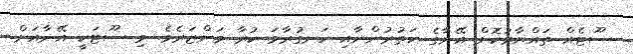
ސޫޓެއް ތައްޔާރުކޮށް އޭނާގެ ހަތުރުންނާއި ހަނގުރާމަ ކުރާ މަންޒަރެވެ. މި ސޫޓަކީ އޭނާއަށް